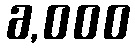
6,000